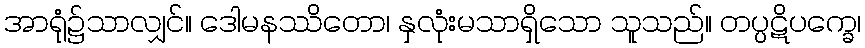
အာရုံ၌သာလျှင်။ ဒေါမနဿိတော၊ နှလုံးမသာရှိသော သူသည်။ တပ္ပဋိပက္ခေ၊